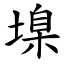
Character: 㙞